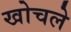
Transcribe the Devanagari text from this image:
खोचले